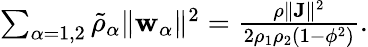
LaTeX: \begin{array}{r}{\sum_{\alpha=1,2}\tilde{\rho}_{\alpha}\| \mathbf{w}_{\alpha}\| ^{2}=\frac{\rho\| \mathbf{J}\| ^{2}}{2\rho_{1}\rho_{2}(1-\phi^{2})}.}\end{array}